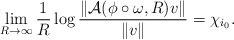
\begin{align*}\lim\limits_{R\to \infty} {1\over R} \log {\| \mathcal{A}(\phi\circ\omega,R)v \|\over \| v\|} =\chi_{i_0}. \end{align*}